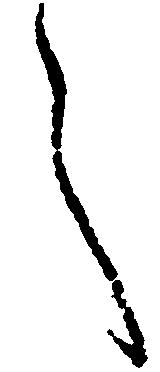
々